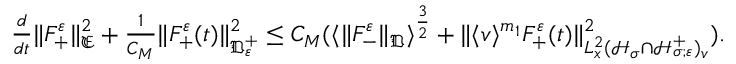
\begin{array} { r } { \frac { d } { d t } \| F _ { + } ^ { \varepsilon } \| _ { \mathfrak E } ^ { 2 } + \frac { 1 } { C _ { M } } \| F _ { + } ^ { \varepsilon } ( t ) \| _ { \mathfrak D _ { \varepsilon } ^ { + } } ^ { 2 } \leq C _ { M } ( \langle \| F _ { - } ^ { \varepsilon } \| _ { \mathfrak D } \rangle ^ { \frac { 3 } { 2 } } + \| \langle v \rangle ^ { m _ { 1 } } F _ { + } ^ { \varepsilon } ( t ) \| _ { L _ { x } ^ { 2 } ( \mathcal H _ { \sigma } \cap \mathcal H _ { \sigma ; \varepsilon } ^ { + } ) _ { v } } ^ { 2 } ) . } \end{array}